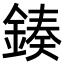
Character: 𨨯